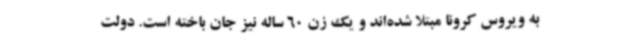
به ویروس کرونا مبتلا شده‌اند و یک زن 60 ساله نیز جان باخته است. دولت